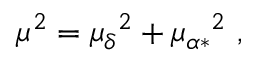
\mu ^ { 2 } = { \mu _ { \delta } } ^ { 2 } + { \mu _ { \alpha \ast } } ^ { 2 } \ ,